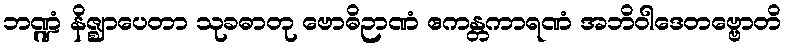
ဘဏ္ဍံ နိဇ္ဈာပေတာ သုခဓာတု ဗောဓိဉာဏံ ဧကန္တကာရဏံ အဘိဝါဒေတဗ္ဗောတိ